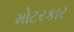
મોટરકાર